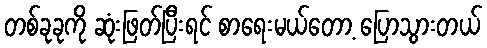
တစ်ခုခုကို ဆုံးဖြတ်ပြီးရင် စာရေးမယ်တော့ ပြောသွားတယ်